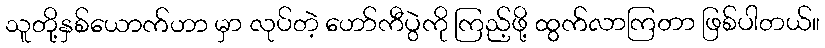
သူတို့နှစ်ယောက်ဟာ မှာ လုပ်တဲ့ ဟော်ကီပွဲကို ကြည့်ဖို့ ထွက်လာကြတာ ဖြစ်ပါတယ်။